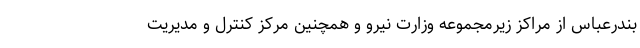
بندرعباس از مراکز زیرمجموعه وزارت نیرو و همچنین مرکز کنترل و مدیریت